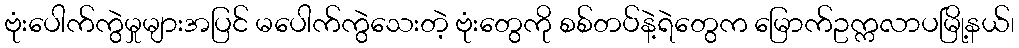
ဗုံးပေါက်ကွဲမှုများအပြင် မပေါက်ကွဲသေးတဲ့ ဗုံးတွေကို စစ်တပ်နဲ့ရဲတွေက မြောက်ဥက္ကလာပမြို့နယ်၊